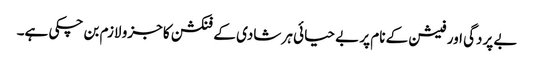
بے پردگی اور فیشن کے نام پر بے حیائی ہر شادی کے فنکشن کا جزو لازم بن چکی ہے۔